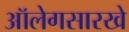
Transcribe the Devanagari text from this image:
ऑलेगसारखे